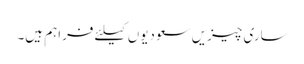
ساری چیزیں سعودیوں کیلئے فراہم ہیں۔